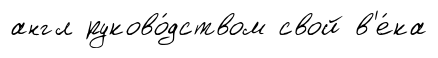
англ руково́дством свой в'е́ка